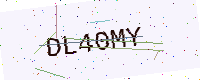
Text: DL40MY